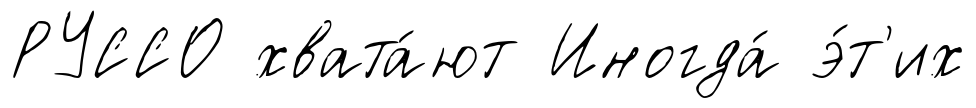
РУССО хвата́ют Иногда́ э́т'их